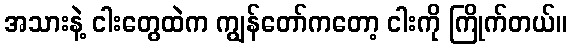
အသားနဲ့ ငါးတွေထဲက ကျွန်တော်ကတော့ ငါးကို ကြိုက်တယ်။